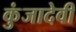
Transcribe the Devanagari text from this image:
कुंजादेवी